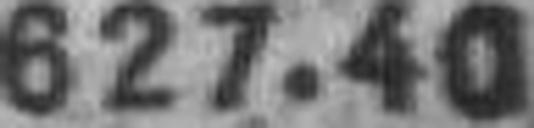
627.40